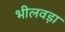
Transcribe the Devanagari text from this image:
भीलवड़ा